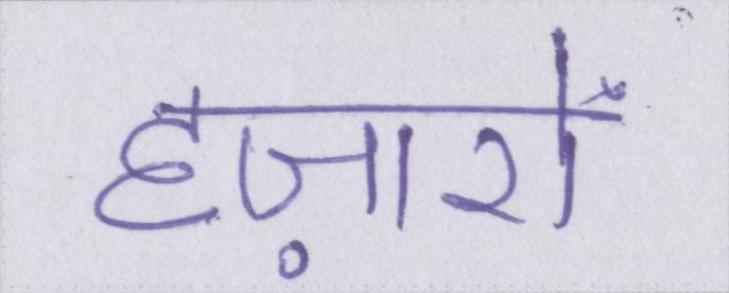
हज़ारों